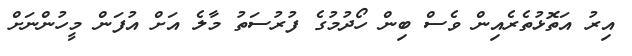
އިރު އަތޮޅުތެރެއިން ވެސް ބިން ހޯދުމުގެ ފުރުސަތު މާލެ އަށް އުފަން މީހުންނަށް